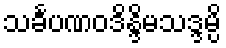
သင်္ခပဏဝဒိန္ဒိမသဒ္ဒမ္ပိ